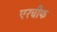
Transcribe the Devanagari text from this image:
एरचीफ